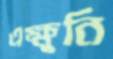
এক্ষুনি